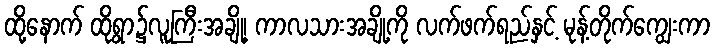
ထို့နောက် ထိုရွာ၌လူကြီးအချို့၊ ကာလသားအချို့ကို လက်ဖက်ရည်နှင့် မုန့်တိုက်ကျွေးကာ